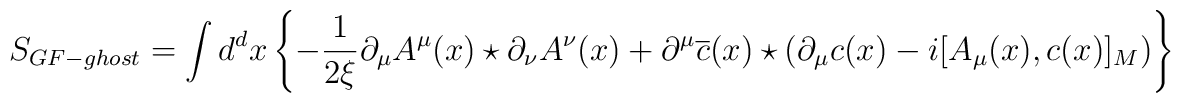
S_{GF-ghost}=\int d^{d}x\left\{-\frac{1}{2\xi}\partial_{\mu}A^{\mu}(x)\star\partial_{\nu}A^{\nu}(x) +\partial^{\mu}\overline{c}(x)\star\left(\partial_{\mu}c(x)-i[A_{\mu}(x),c(x)]_{M}\right)\right\}